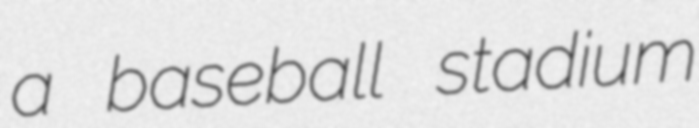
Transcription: a baseball stadium